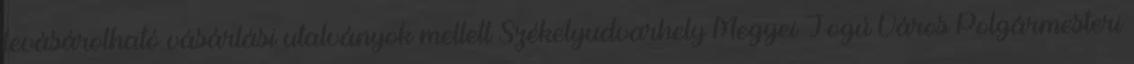
levásárolható vásárlási utalványok mellett Székelyudvarhely Megyei Jogú Város Polgármesteri